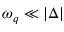
\omega _ { q } \ll | \Delta |